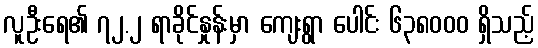
လူဦးရေ၏ ၇၂.၂ ရာခိုင်နှုန်းမှာ ကျေးရွာ ပေါင်း ၆၃၈၀၀၀ ရှိသည့်